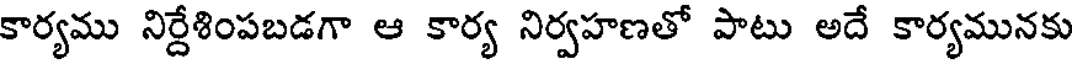
కార్యము నిర్దేశింపబడగా ఆ కార్య నిర్వహణతో పాటు అదే కార్యమునకు